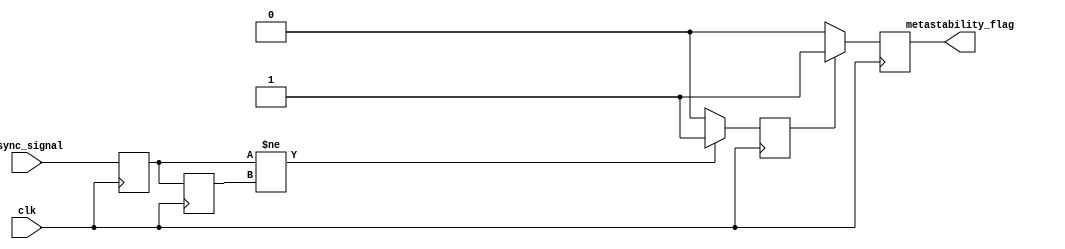
module MetastabilityDetector (
    input wire clk,              // Stable clock signal
    input wire async_signal,     // Asynchronous input signal
    output reg metastability_flag // Output signal indicating metastability
);

    // Internal signals
    reg ff1, ff2;                // Flip-flop outputs
    reg pulse;                   // Pulse signal for metastability detection

    // Flip-flops for double sampling
    always @(posedge clk) begin
        ff1 <= async_signal;     // Sample the asynchronous signal
        ff2 <= ff1;              // Sample the output of the first flip-flop
    end

    // Pulse generation logic
    always @(posedge clk) begin
        // Generate pulse if ff1 and ff2 are different
        if (ff1 != ff2) begin
            pulse <= 1'b1;        // Indicate a potential metastable condition
        end else begin
            pulse <= 1'b0;        // Reset pulse if no difference
        end
    end

    // Metastability detection logic
    always @(posedge clk) begin
        if (pulse) begin
            metastability_flag <= 1'b1; // Set metastability flag
        end else begin
            metastability_flag <= 1'b0;  // Clear metastability flag
        end
    end

endmodule